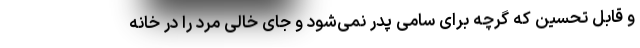
و قابل تحسین که گرچه برای سامی پدر نمی‌شود و جای خالی مرد را در خانه